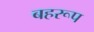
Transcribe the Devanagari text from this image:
बहरूप